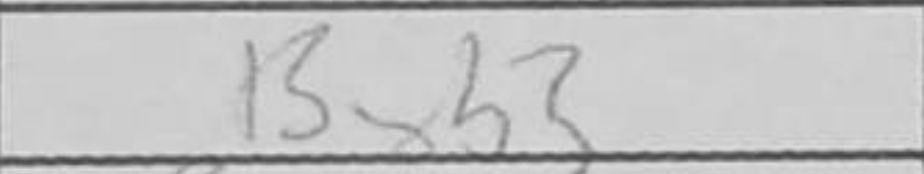
Transcription: Bxb3